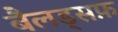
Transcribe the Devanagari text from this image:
बैलड्सफ़